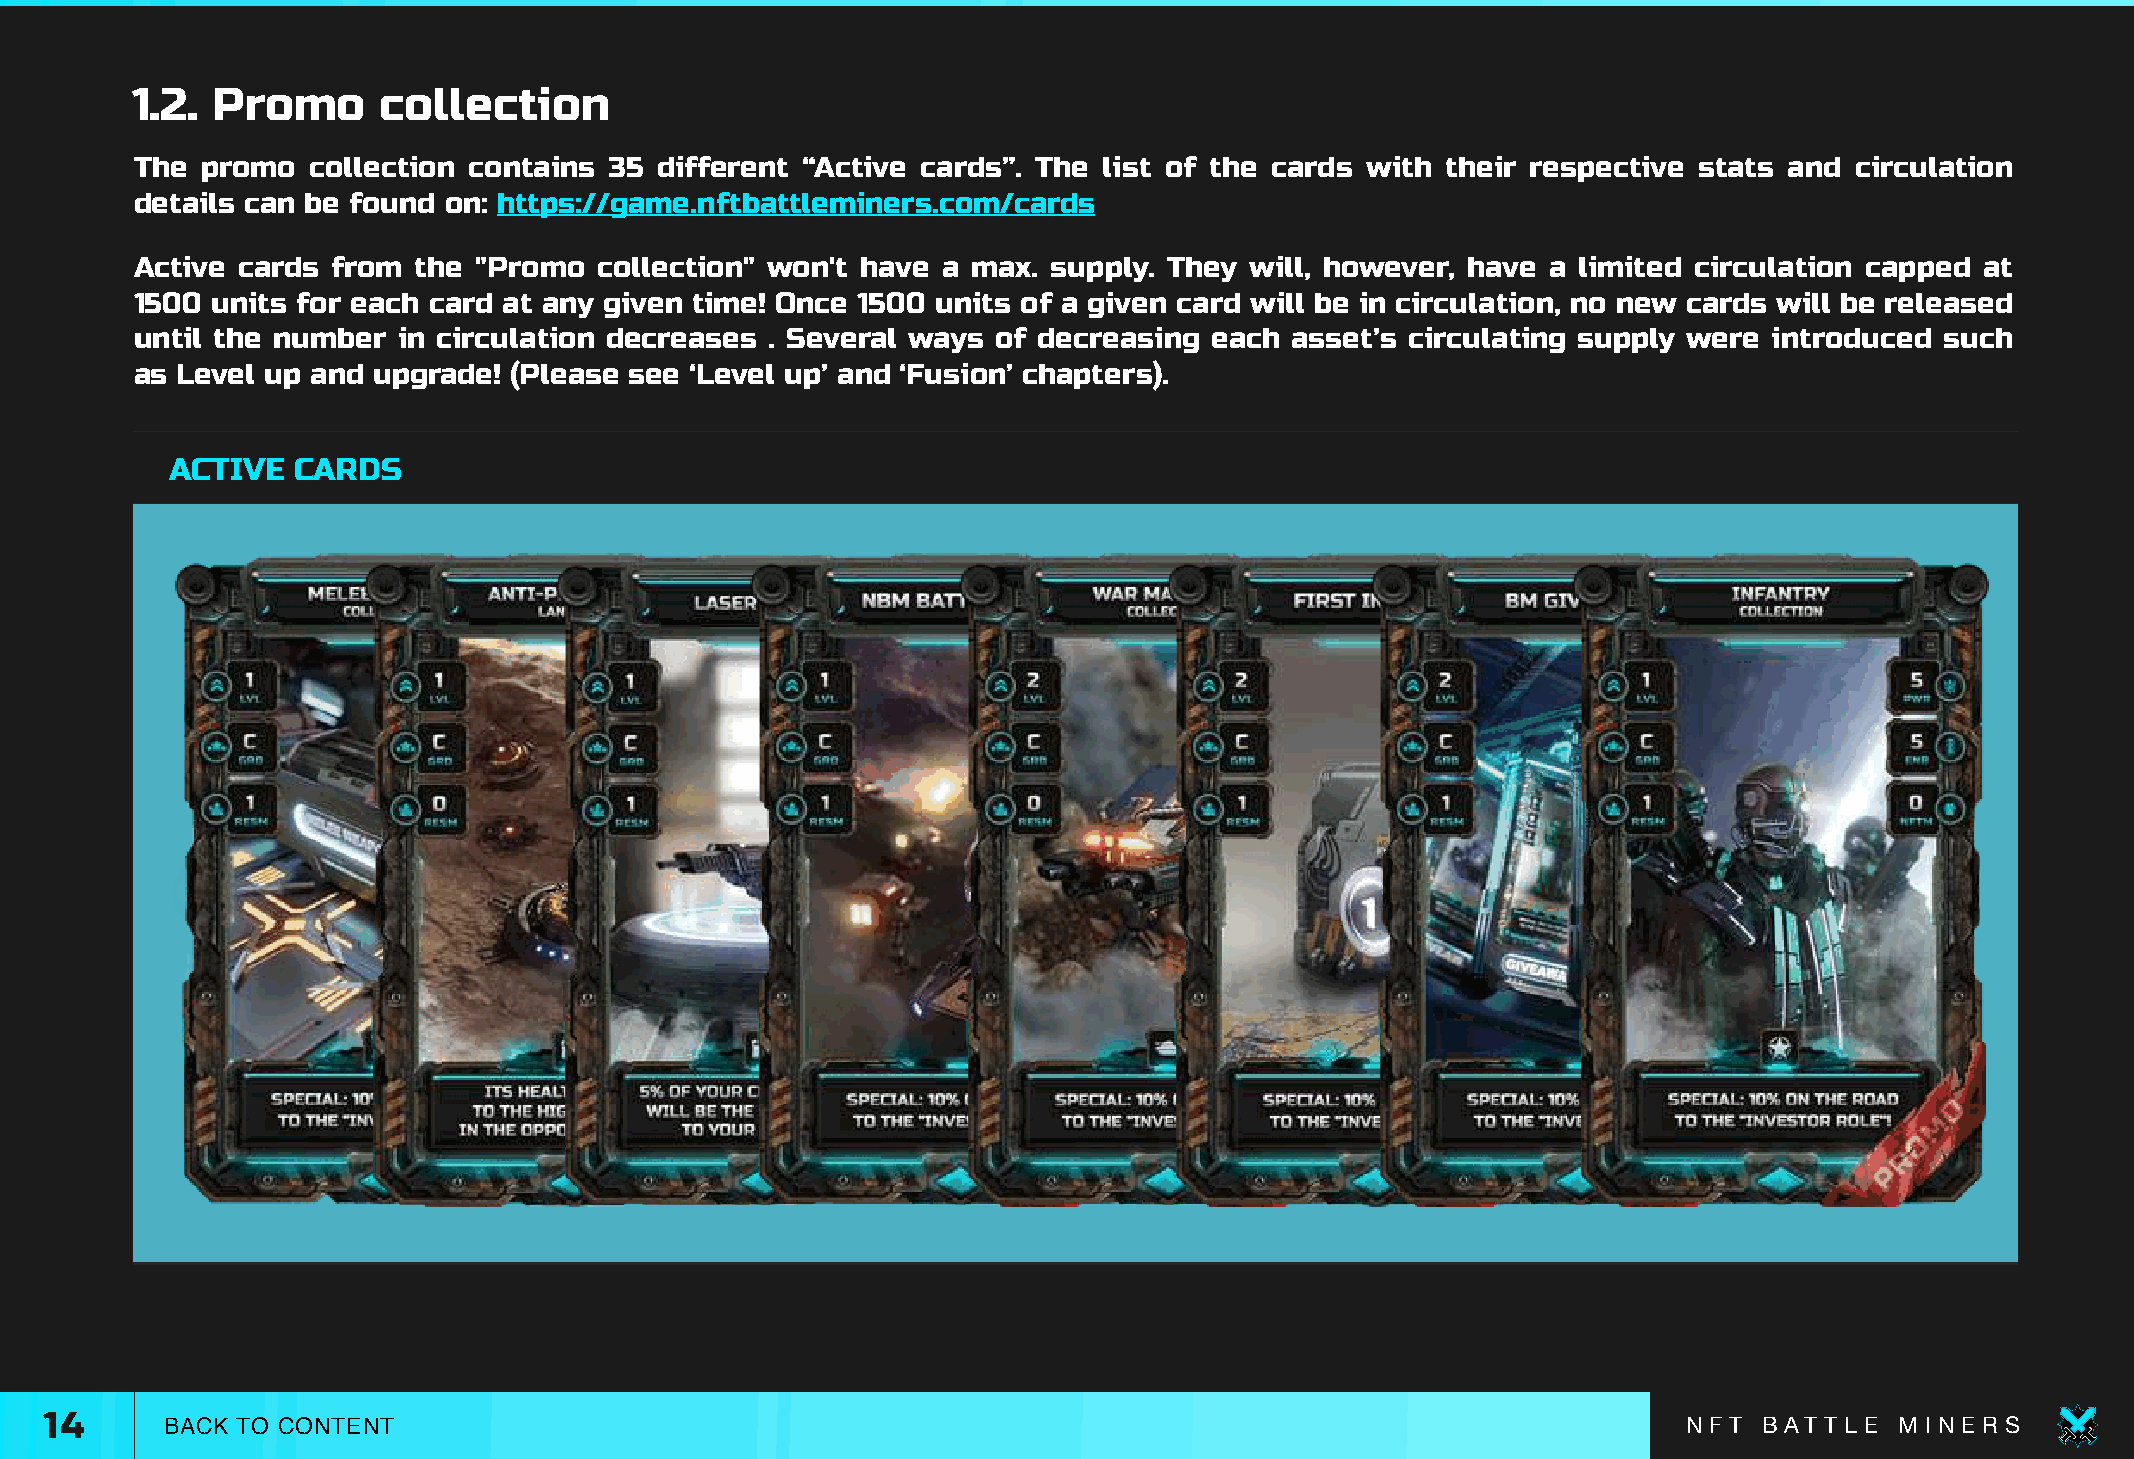
1.2. Promo      collection
 The promo  collection contains 35 different “Active cards”. The list of the cards with their respective stats and circulation
 details can be found on: https://game.nftbattleminers.com/cards
 Active cards from the  "Promo  collection" won't have a max. supply. They will, however, have a limited circulation capped at
 1500 units for each card at any given time! Once 1500 units of a given card will be in circulation, no new cards will be released
 until the number in circulation decreases . Several ways of decreasing each asset’s circulating supply were introduced  such
 as Level up and upgrade! (Please see ‘Level up’ and ‘Fusion’ chapters).
 ACTIVE  CARDS
 4
 14      BACK TO CONTENT                                                                                      N F T B AT T L E M I N E R S